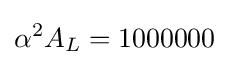
\alpha ^{2}A_{L}=1000000